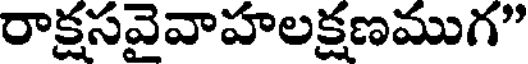
రాక్షసవెవాహలక్షణముగ"